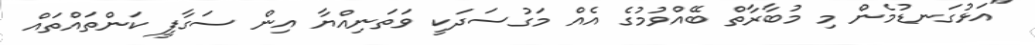
"އަޅުގަނޑުމެން މި މުބާރާތް ބޭއްވުމުގެ އެއް މަގުސަދަކީ ވަތަނިއްޔާ އިން ސަގާފީ ކަންތައްތައް